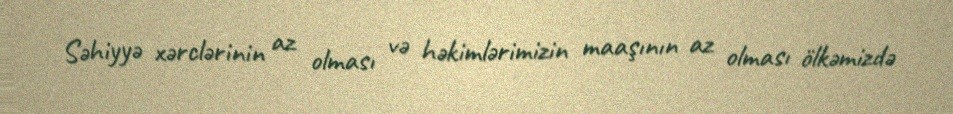
Səhiyyə xərclərinin az olması və həkimlərimizin maaşının az olması ölkəmizdə